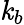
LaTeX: \mathit{k}_{b}